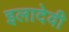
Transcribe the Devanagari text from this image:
इलादेवी